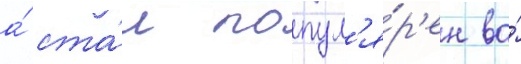
а́ ста́л попул'я́р'ен во́